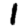
Digit: 1